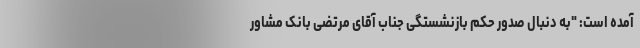
آمده است: "به دنبال صدور حکم بازنشستگی جناب آقای مرتضی بانک مشاور